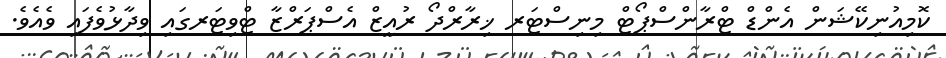
ކޮމިއުނިކޭޝަން އެންޑް ޓްރާންސްޕޯޓް މިނިސްޓަރ ޚިރާރްދޯ ރުއީޒް އެސްޕަރްޒާ ޓްވިޓަރގައި ވިދާޅުވެފައި ވެއެވެ.